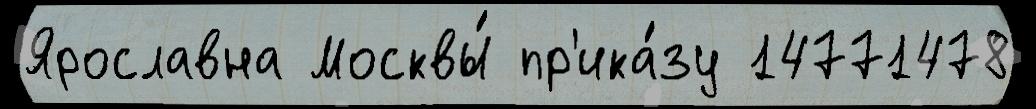
Ярославна Москвы́ пр'ика́зу 14771478